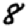
Digit: 8